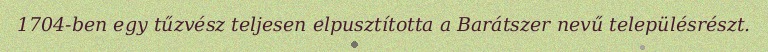
1704-ben egy tűzvész teljesen elpusztította a Barátszer nevű településrészt.